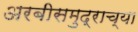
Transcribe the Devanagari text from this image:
अरबीसमुद्राच्या